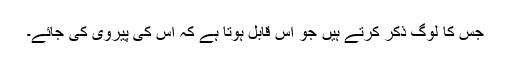
جس کا لوگ ذکر کرتے ہیں جو اس قابل ہوتا ہے کہ اس کی پیروی کی جائے۔